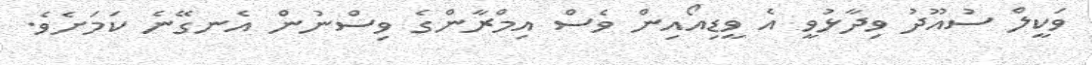
ވަކީލް ސުުއޫދު ވިދާޅުވީ އެ ވީޑިއޯއިން ވެސް އިމްރާންގެ ވިސްނުން އެނގޭނެ ކަމަށެވެ.